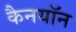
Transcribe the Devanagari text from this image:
कैनयॉन